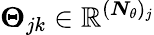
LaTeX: \boldsymbol{\Theta}_{jk}\in\mathbb{R}^{(\boldsymbol{N}_{\theta})_{j}}